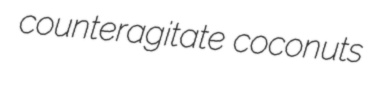
counteragitate coconuts